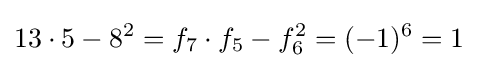
13\cdot 5-8^{2}=f_{7}\cdot f_{5}-f_{6}^{2}=(-1)^{6}=1